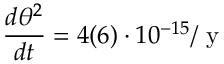
\frac { d \theta ^ { 2 } } { d t } = 4 ( 6 ) \cdot 1 0 ^ { - 1 5 } / \mathrm { ~ y ~ }